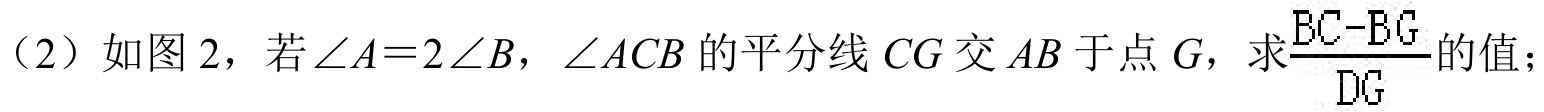
（2）如图 2，若\(\angle A = 2\angle B\)，\(\angle ACB\)的平分线 \(CG\) 交 \(AB\) 于点 \(G\)，求\(\frac{BC - BG}{DG}\)的值；